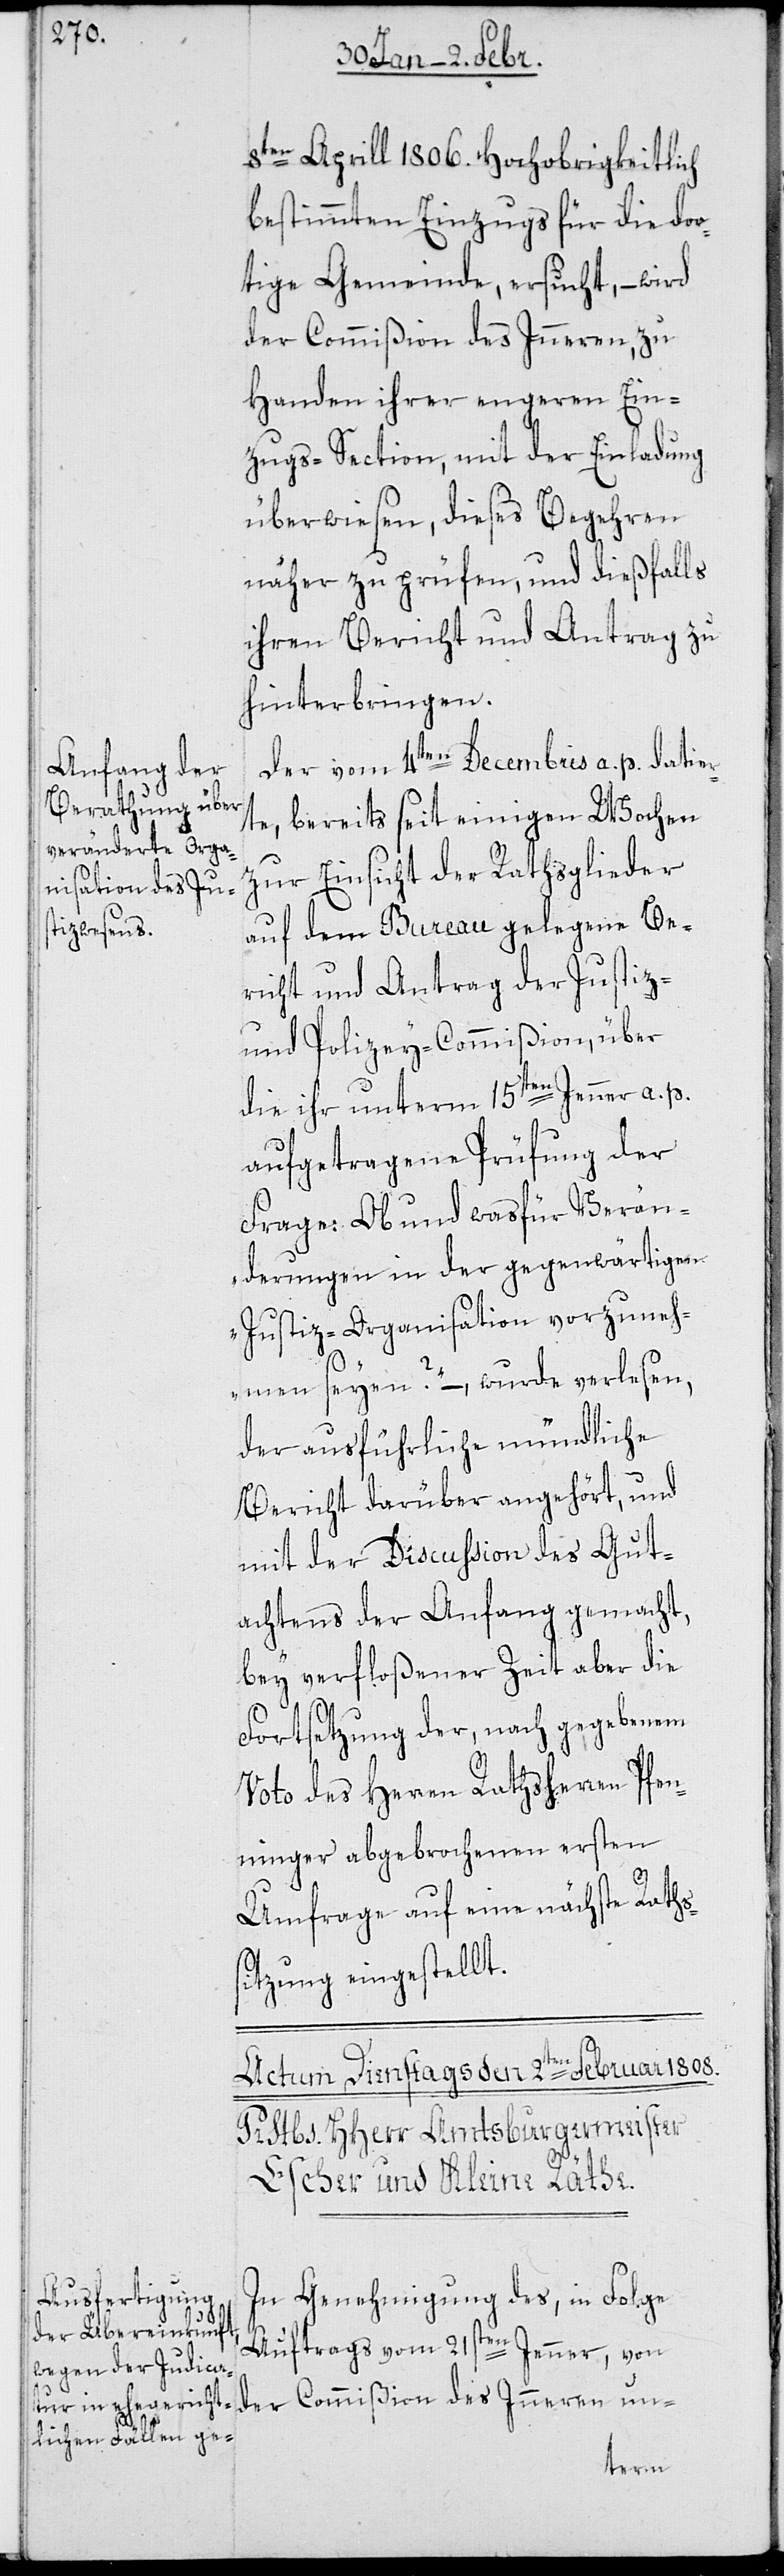
8ten Aprill 1806. Hochobrigkeitlich
bestimmten Einzugs für die dor¬
tige Gemeinde ersucht, – wird
der Commißion des Inneren un-
Handen ihrer engeren Ein¬
zugs-Section mit der Einladung
überwiesen, dieses Begehren
näher zu prüfen, und dießfalls
ihren Bericht und Antrag zu
hinterbringen.
Der vom 4ten Decembris a. p. datier¬
te, bereits seit einigen Wochen
zur Einsicht der Rathsglieder
auf dem Bureau gelegene Be¬
richt und Antrag der Justiz-
und Polizey-Commißion, über
die ihr unterm 15ten Jenner a. p.
aufgetragene Prüfung der
Frage: [„]Ob und was für Verän¬
derungen in der gegenwärtigen
Justiz-Organisation vorzuneh¬
men seyen?“ – wurde verlesen,
der ausführliche mündliche
Bericht darüber angehört, und
mit der Discussion des Gut¬
achtens der Anfang gemacht,
bey verfloßener Zeit aber die
Fortsetzung der, nach gegebenem
Voto des Herren Rathsherren Pfen¬
ninger abgebrochenen ersten
Umfrage auf eine nächste Raths¬
sitzung eingestellt.
In Genehmigung des, in Folge
Auftrags vom 21sten Jenner, von